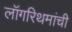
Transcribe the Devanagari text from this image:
लॉगरिथमांची